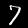
Digit: 7